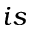
i s